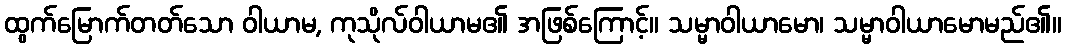
ထွက်မြောက်တတ်သော ဝါယာမ, ကုသိုလ်ဝါယာမ၏ အဖြစ်ကြောင့်။ သမ္မာဝါယာမော၊ သမ္မာဝါယာမောမည်၏။